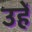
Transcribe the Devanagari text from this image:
उहें